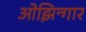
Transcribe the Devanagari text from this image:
ओझिन्गार